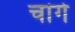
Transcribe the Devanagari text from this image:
चांगे